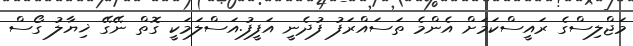
މަޖްލިސްގެ ރައީސްކަމަށް އެންމެ ތަސައްރަފު ފުދެނީ އަފީފު.އަސްލަމަކީ ގޮތް ނޭގޭ ޚިޔާލު ގޯސް